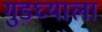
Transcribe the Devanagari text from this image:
गुडघ्याला